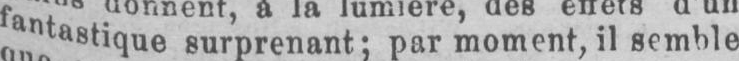
fantastique surprenant; par moment, il semble